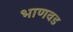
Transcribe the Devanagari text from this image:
भाणवड